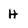
Character: H